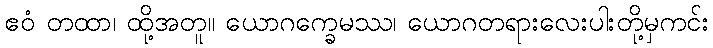
ဧဝံ တထာ၊ ထို့အတူ။ ယောဂက္ခေမဿ၊ ယောဂတရားလေးပါးတို့မှကင်း